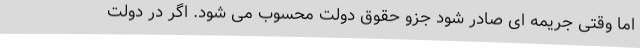
اما وقتی جریمه ای صادر شود جزو حقوق دولت محسوب می شود. اگر در دولت